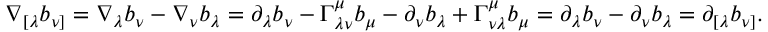
\begin{array} { r } { \nabla _ { [ \lambda } b _ { \nu ] } = \nabla _ { \lambda } b _ { \nu } - \nabla _ { \nu } b _ { \lambda } = \partial _ { \lambda } b _ { \nu } - \Gamma _ { \lambda \nu } ^ { \mu } b _ { \mu } - \partial _ { \nu } b _ { \lambda } + \Gamma _ { \nu \lambda } ^ { \mu } b _ { \mu } = \partial _ { \lambda } b _ { \nu } - \partial _ { \nu } b _ { \lambda } = \partial _ { [ \lambda } b _ { \nu ] } . } \end{array}